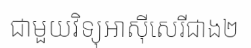
ជាមួយវិទ្យុអាស៊ីសេរីជាង២